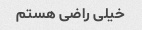
خیلی راضی هستم